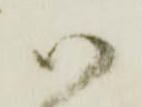
御